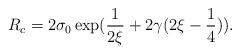
LaTeX: \begin{align*}R_c=2\sigma_0\exp(\frac{1}{2\xi}+2\gamma(2\xi-\frac{1}{4})).\end{align*}